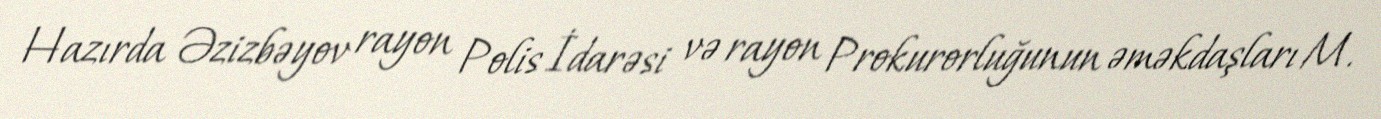
Hazırda Əzizbəyov rayon Polis İdarəsi və rayon Prokurorluğunun əməkdaşları M.